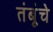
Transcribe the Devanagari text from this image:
तंबूंचे